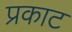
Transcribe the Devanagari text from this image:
प्रकाट